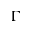
\Gamma